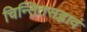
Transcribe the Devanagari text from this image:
चिन्तितसद्भावं